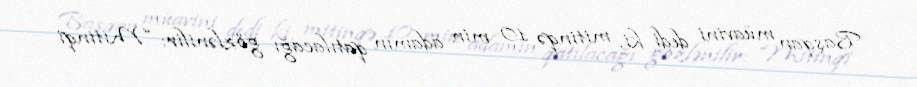
Başqan müavini dedi ki, mitinqə 10 min adamın qatılacağı gözlənilir: “Mitinqi